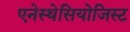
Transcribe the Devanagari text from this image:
एनेस्थेसियोजिस्ट